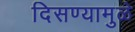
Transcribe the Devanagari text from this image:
दिसण्यामुळे